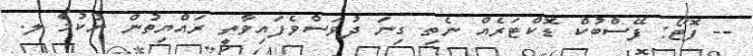
-- ފޮޓޯ: ފޭސްބުކް ޑޮކްޓަރެއް ނެތި ގިނަ ދުވަސްވެފައިވާތީ ރައްޔިތުން ނުކުމެ ލ.